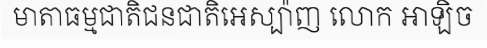
មាតាធម្មជាតិជនជាតិអេស្ប៉ាញ លោក អាឡិច